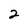
Character: 2